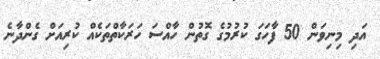
އަދި މިނިވަން 50 ފާހަގަ ކުރުމުގެ ގޮތުން ހާއްސަ ހަރަކާތްތަކެއް ކުރިއަށް ގެންދާނެ